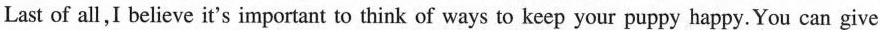
Last of all,I believe it's important to think of ways to keep your puppy happy.You can give